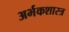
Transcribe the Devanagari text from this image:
अर्भकशास्त्र